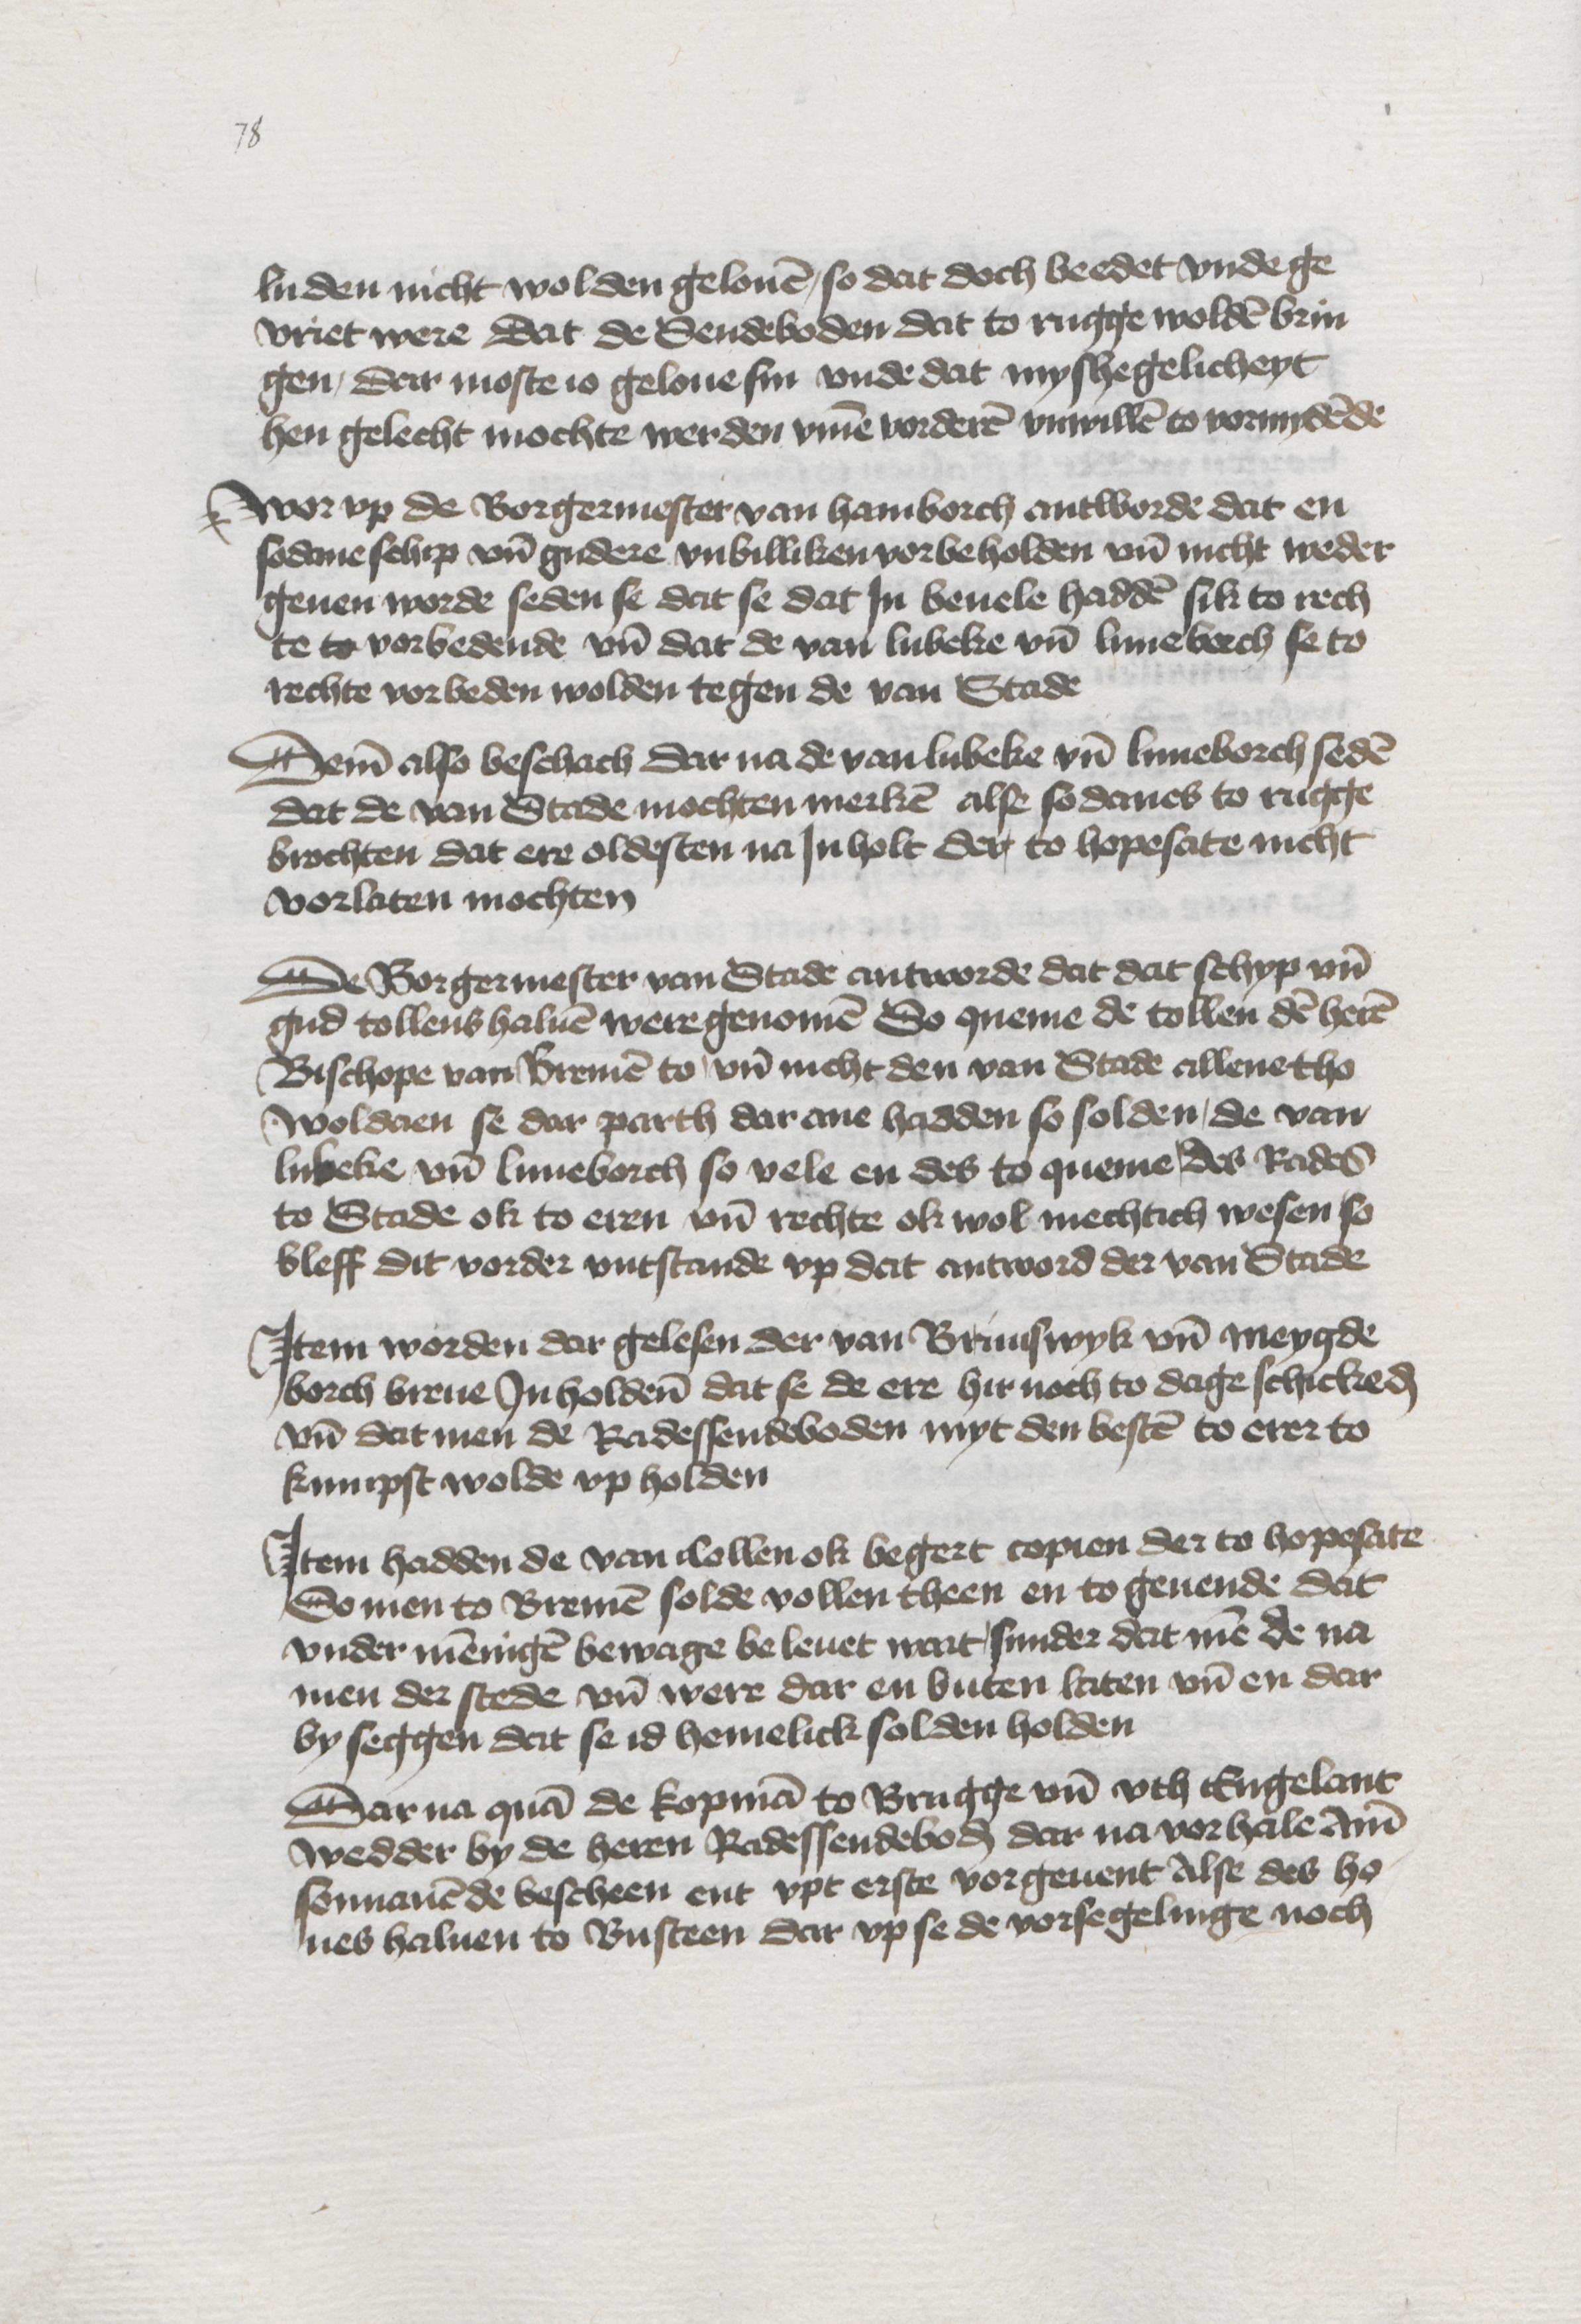
luden nicht wolden gelouen, so dat doch beedet vnde ge¬
vriet were dat de Sendeboden dat to rugge wolden brin¬
gen, dar moste io geloue sin vnde dat myshegelicheyt
hen gelecht mochte werden vmme vorderen vnwillen to vormydende

Worvp de Borgermester van Hamborch antworde dat en
sodane schip vnd gudere vnbilliken vorbeholden vnd nicht weder
geuen worde seden se dat se dat Jn beuele hadden sik to rech¬
te to vorbedende vnd dat de van Lubeke vnd Luneborch se to
rechte vorbeden wolden tegen de van Stade

Deme also beschach Dar na de van Lubeke vnd Luneborch seden
dat de van Stade mochten merken alse sodanes to rugge
brochten dat ere oldesten na Jnholt der to hopesate nicht
vorlaten mochten

De Borgermester van Stade antworde dat dat schyp vnd
gud tollens haluen were genomen So queme de tollen den heren
Bischope van Bremen to vnd nicht den van Stade allene tho
woldaen se dar parth dar ane hadden so solden, de van
Lubeke vnd Luneborch so vele en des to queme, des Rades
to Stade ok to eren vnd rechte ok wol mechtich wesen so
bleff dit vorder vntstande vp dat antword der van Stade

Jtem worden dar gelesen der van Brunswyk vnd Meygde¬
borch breue Jnholdende dat se de ere hir noch to dage schickeden
vnd dat men de Radessendeboden myt den besten to erer to
kumpst wolde vp holden

Jtem hadden de van Collen ok begert copien der to hopesate
So men to Bremen solde vollen theen en to geuende dat
vnder menningen bewage beleuet wart, sunder dart men de na¬
men der stede vnd were dar en buten laten vnd en dar
by seggen dat se id hemelick solden holden

Dar na quam de kopman to Brugge vnd vth Engelant
wedder by de heren Radessendeboden dar na vorhale Ame
sonnauende bescheen ent vpt erste vorgeuent Alse des ho¬
ues haluen to Busteen dar vp se de vorsegelinge noch